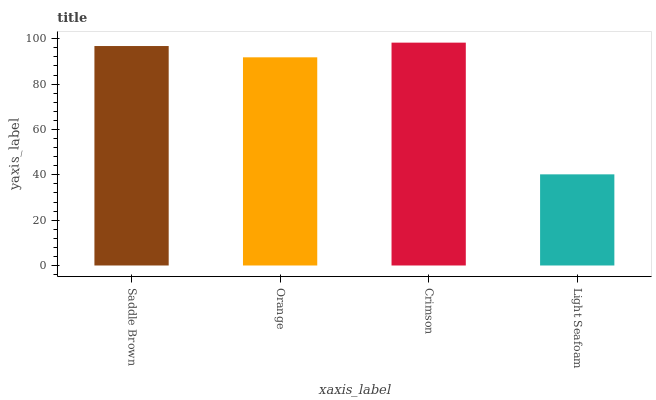
| xaxis_label | bars |
 | --- | --- |
 | Saddle Brown | 96.8 |
 | Orange | 91.8 |
 | Crimson | 98.3 |
 | Light Seafoam | 40.2 |